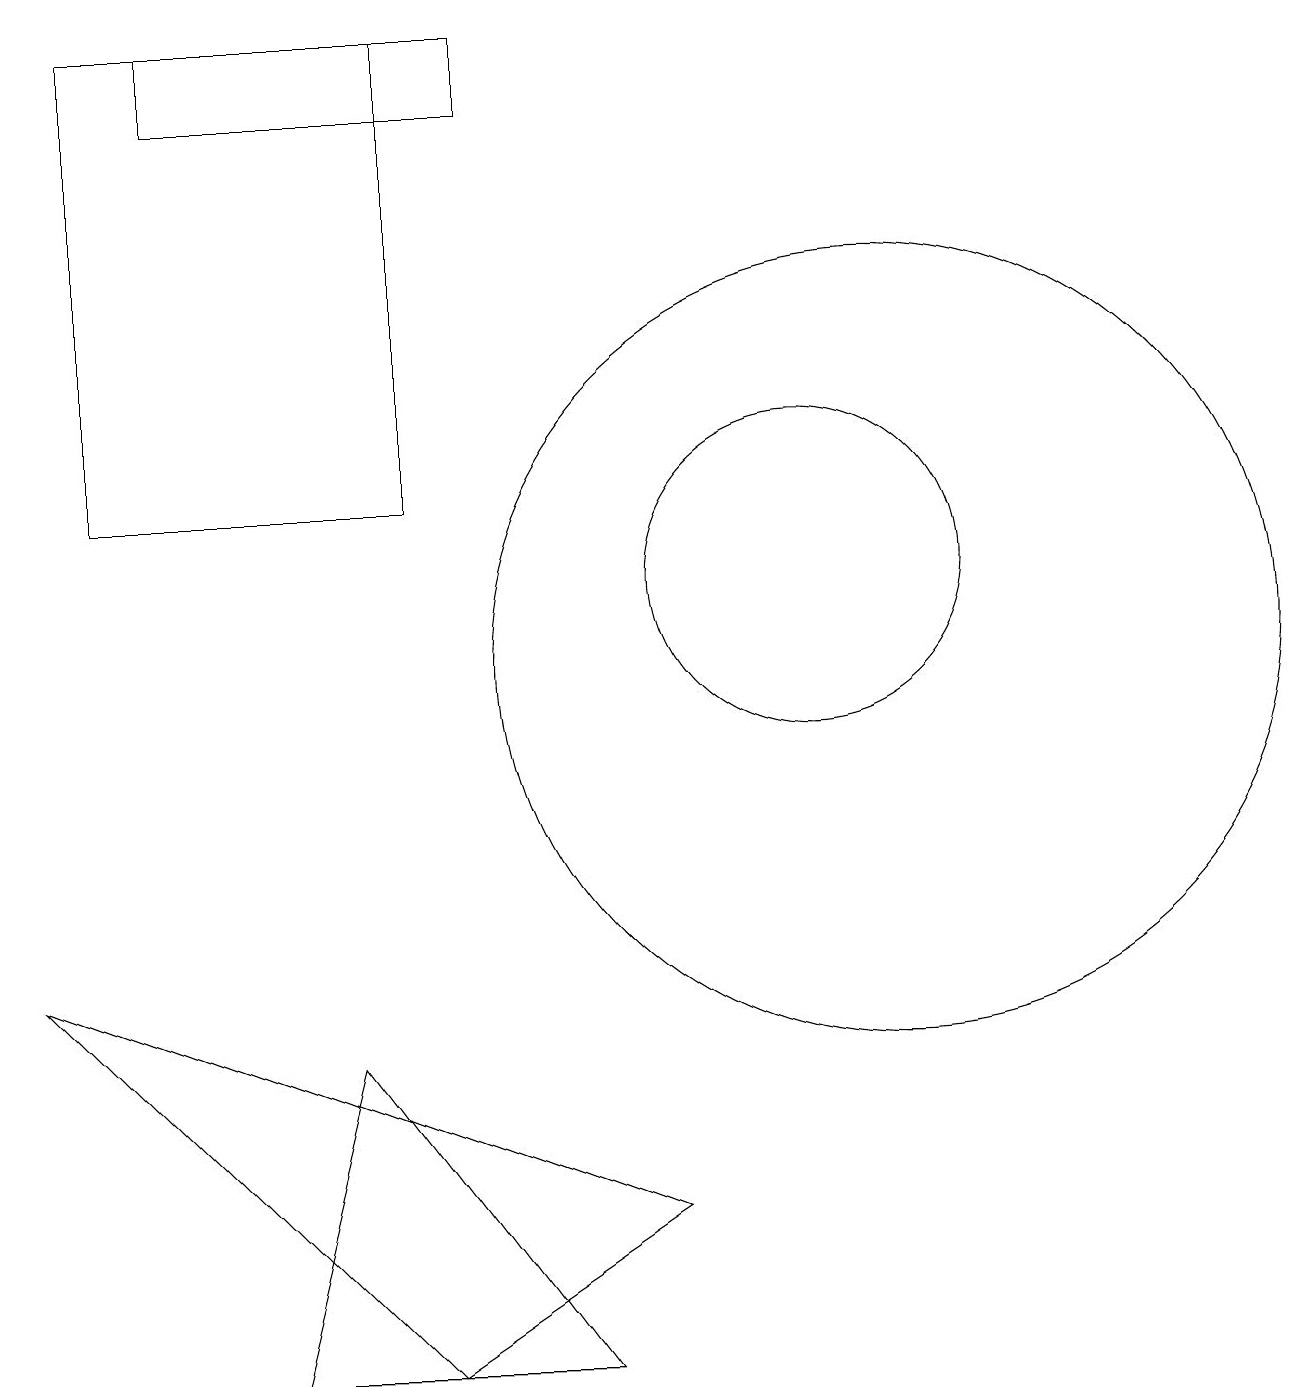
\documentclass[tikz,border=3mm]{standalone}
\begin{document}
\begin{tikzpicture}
\draw (12,10) circle (5);
\draw (11,11) circle (2);
\draw (3,17) rectangle (7,18);
\draw (5,5) -- (8,1) -- (4,1) -- cycle;
\draw (9,3) -- (1,6) -- (6,1) -- cycle;
\draw (2,18) rectangle (6,12);
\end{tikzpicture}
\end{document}